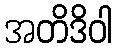
အတိဒိဝါ